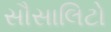
સૌસાલિટો